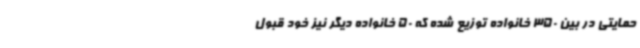
حمایتی در بین 350 خانواده توزیع شده که 50 خانواده دیگر نیز خود قبول